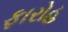
ફારોહ